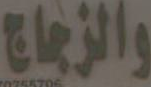
والزجاج